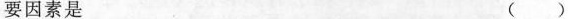
要因素是 ()